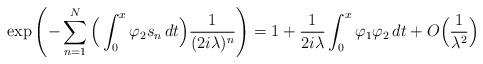
LaTeX: \begin{align*}\exp\left(-\sum_{n=1}^N\Big(\int_0^x\varphi_2s_n\,dt\Big)\frac{1}{(2i\lambda)^n}\right)=1+ \frac{1}{2 i\lambda}\int_0^x \varphi_1\varphi_2\,dt+ O\Big(\frac{1}{\lambda^2}\Big)\end{align*}